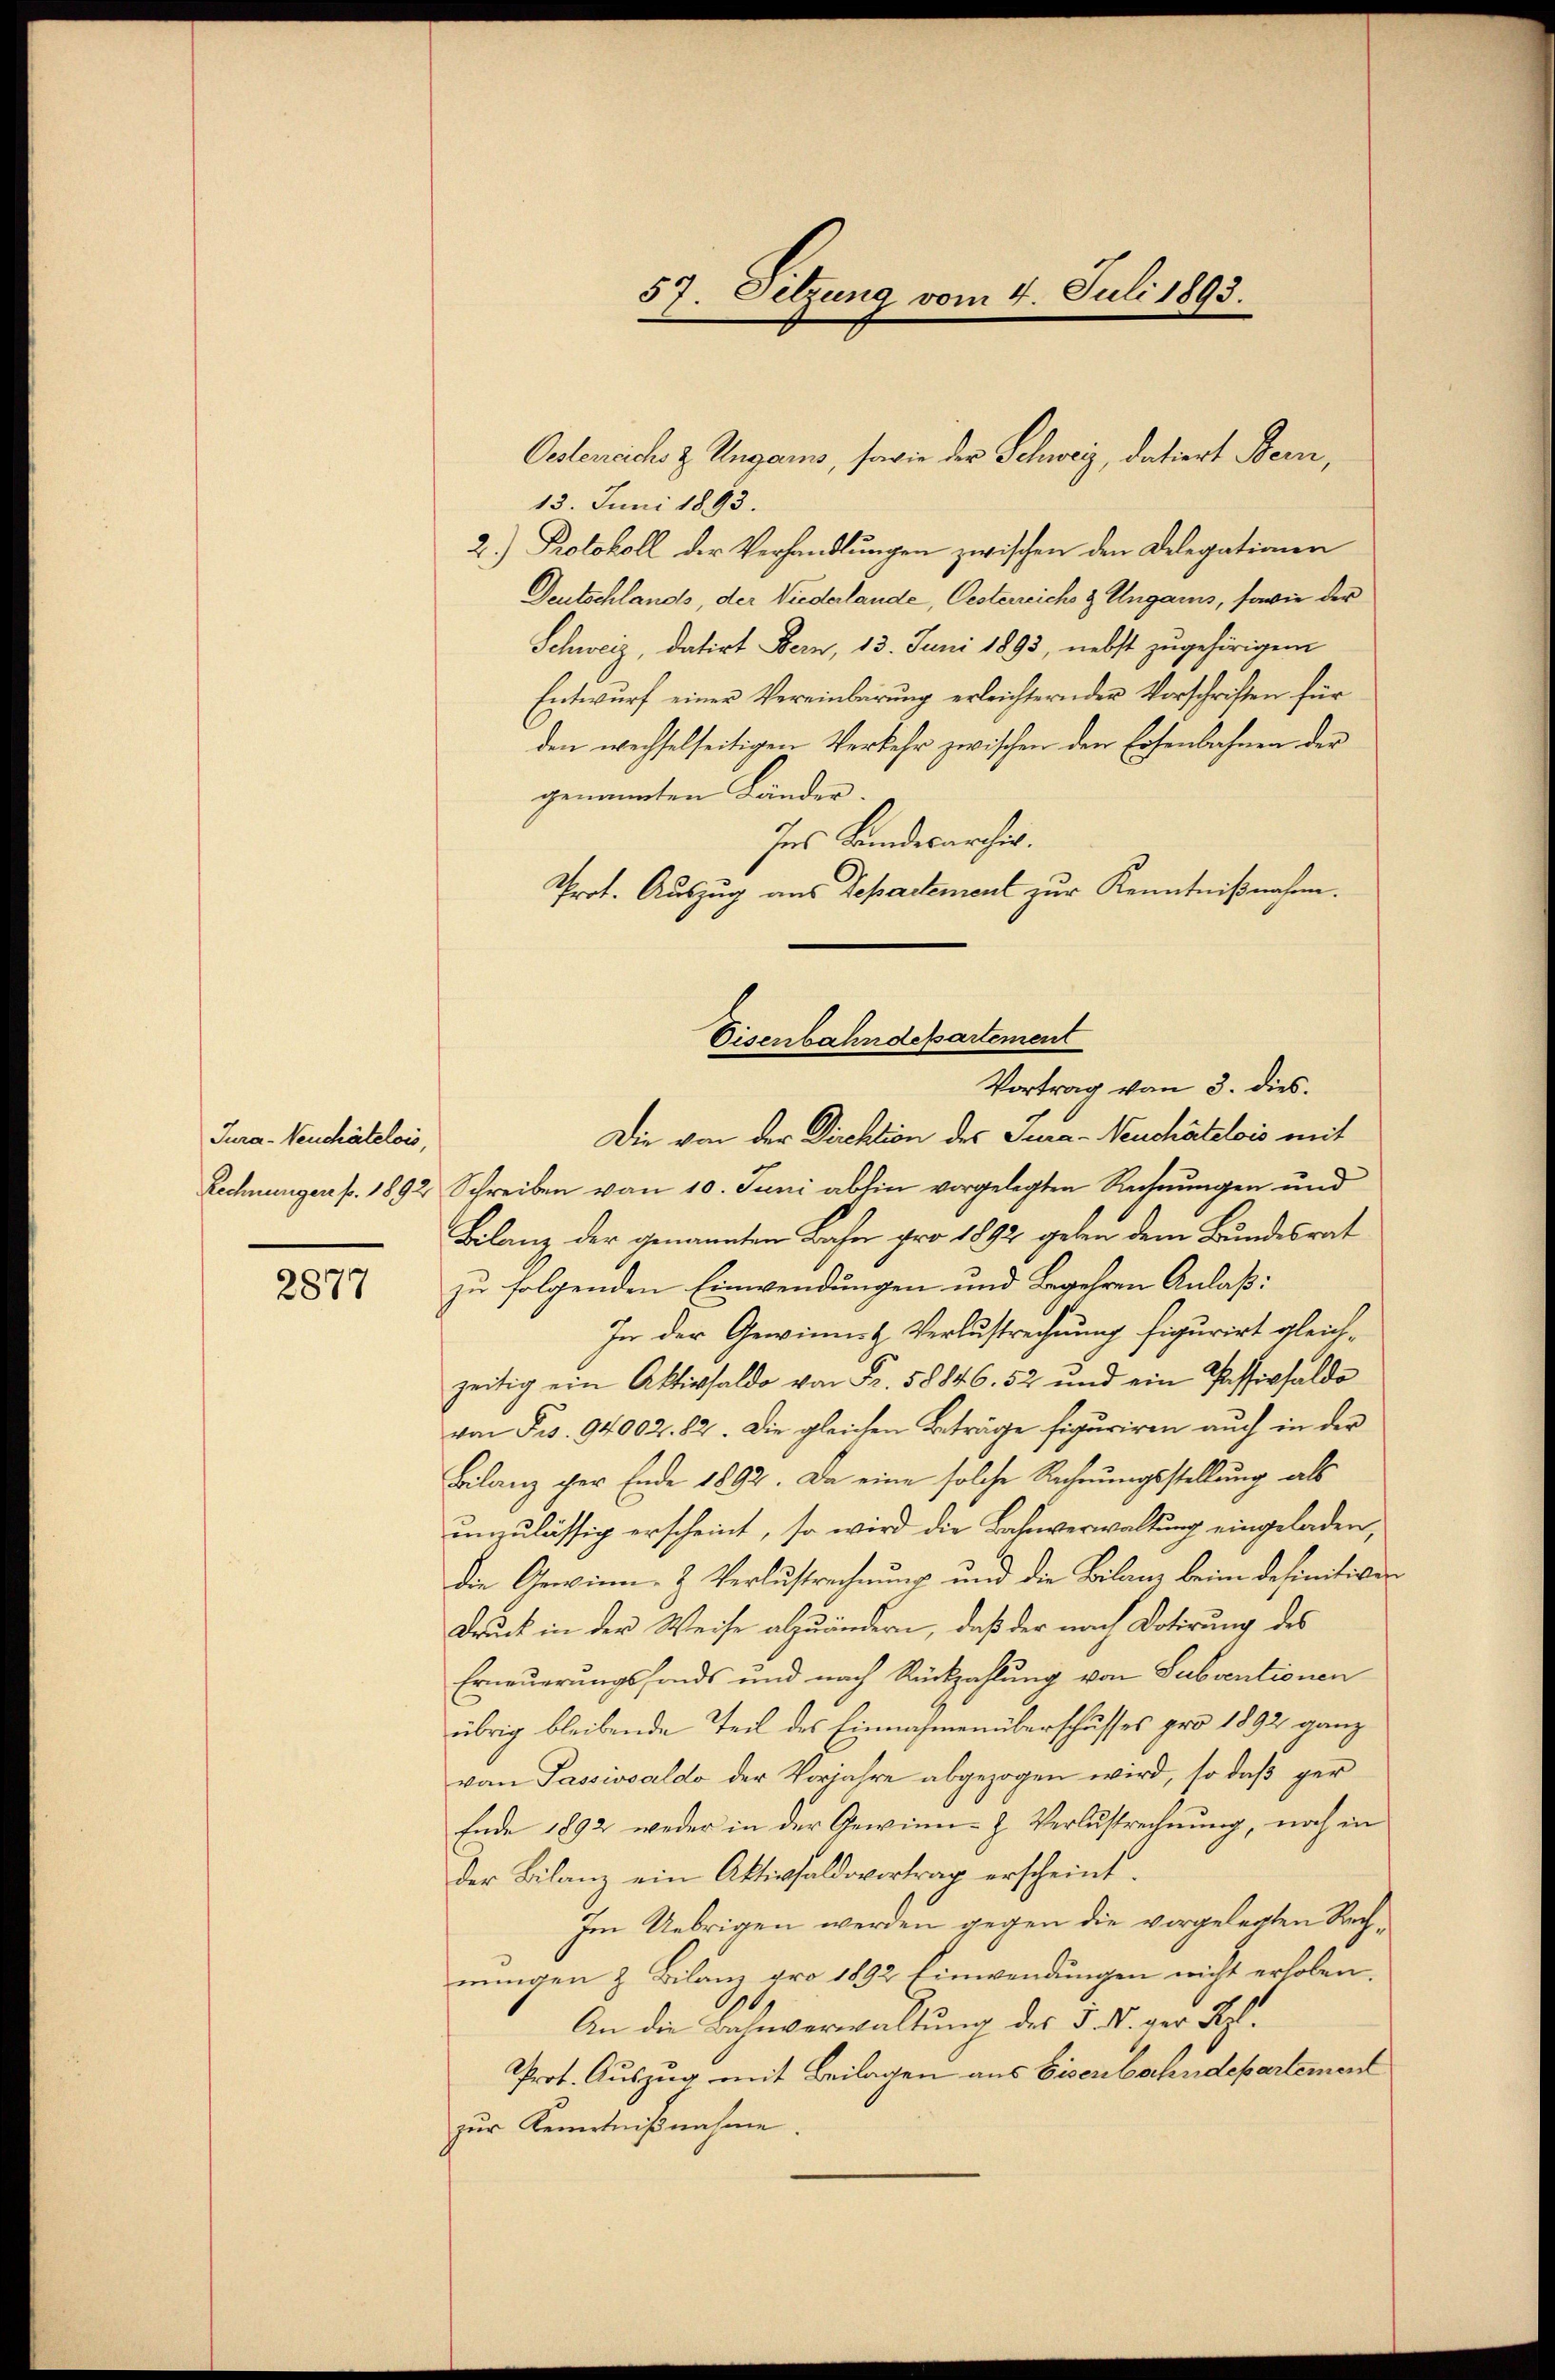
Jura-Neuchâtelois,

2877

57. Setzung vom 4. Juli 1893.

Oetenechs z Ungaris, sowie der Schweiz, datiert Bern,
13. Juni 1893.
2.) Protokoll der Verhandlungen zwischen den Delegationen
Deutschlands, der Niederlande, Oesterreich & Ungaris, sowie der
Schweiz, datirt Bern, 13. Juni 1893, nebst zugehörigen
Entwurf einer Vereinbarung erleichternder Vorschriften für
den wechselseitigen Verkehr zwischen den Eisenbahnen der
genannten Länder.
Ins Landesarcher.
Prot. Auszug aus Separtement zur Kenntnißnahm.
Die von der Direktion des Sara - Neuchâtelois mit
Rechnungers. 1892 Schreiben von 10. Juni abhin vorgelegten Rechnungen und
Bilanz der genannten Bahn pro 1892 geben dem Bundesrat
zu folgenden Einwendungen und Begehren Anlaß:
In der Gewinnt Verlustrechnung figurirt gleichzeitig ein Aktivsaldo von Fr. 58846. 52 und ein Passivsaldo
von Fr. 94002. 82. Die gleichen Beträge figuriren auch in der
Bilanz der Ende 1892. Da eine solche Rechnungsstellung als
unzulässig erscheint, so wird die Bahnverwaltung eingeladen,
die Gewinn- & Verlustrechnung und die Bilanz beim definitiven
Druck in der Weise abzuändern, daß der nach Dotirung des
Erneuerungsfonds und nach Rückzahlung von Subventionen
übrig bleibende Teil des Einnahmenüberschusses pro 1892 ganz
von Passivsaldo der Vorjahre abgezogen wird, so daß ger
Ende 1892 weder in der Gewinn-Z. Verlustrechnung, noch in
der Bilanz ein Aktivsaldovortrag erscheint.
Im Uebrigen werden gegen die vorgelegten Rechnungen & Bilanz pro 1892 Einwendungen nicht erhoben.
10,
An die Bahnverwaltung des 5. N. der Kel¬
Prot. Auszug mit Beilagen aus Eisenbahndepartemen
zŭr Kenntniβnahme

Eisenbahndepartement
Vortrag von 3. dies